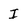
Character: I